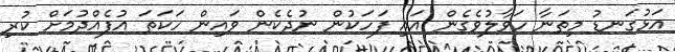
އަޅުގަނޑު މިތަނާ ހަވާލުވެގެން އައި ފަހަކުން ނުދެކެން ވައިން ހަކަތަ އުފެއްދުމަށް ކުރި